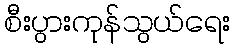
စီးပွားကုန်သွယ်ရေး